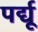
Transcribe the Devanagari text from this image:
पर्द्यू